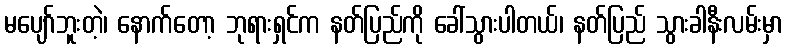
မပျော်ဘူးတဲ့၊ နောက်တော့ ဘုရားရှင်က နတ်ပြည်ကို ခေါ်သွားပါတယ်၊ နတ်ပြည် သွားခါနီးလမ်းမှာ